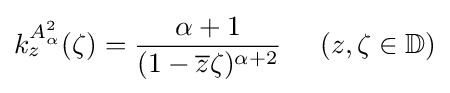
k_{z}^{A_{\alpha }^{2}}(\zeta )={\frac {\alpha +1}{(1-{\overline {z}}\zeta )^{\alpha +2}}}\;\;\;\;\;(z,\zeta \in \mathbb {D} )